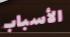
الأسباب